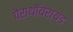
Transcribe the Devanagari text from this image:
पैराथॉयरायड